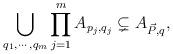
LaTeX: \begin{align*}\bigcup_{q_{1},\cdots,q_{m}} \prod_{j=1}^{m} A_{p_{j}, q_{j}} &\subsetneq A_{\vec{P},q},\end{align*}